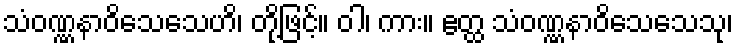
သံဝဏ္ဏနာဝိသေသေဟိ၊ တို့ဖြင့်။ ဝါ၊ ကား။ ဧတ္ထ သံဝဏ္ဏနာဝိသေသေသု၊